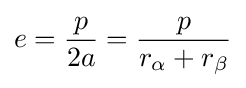
e={\frac {p}{2a}}={\frac {p}{r_{\alpha }+r_{\beta }}}